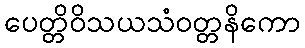
ပေတ္တိဝိသယသံဝတ္တနိကော